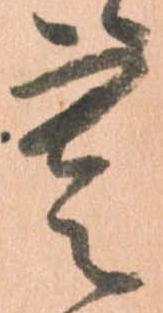
寒